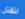
لتقتل